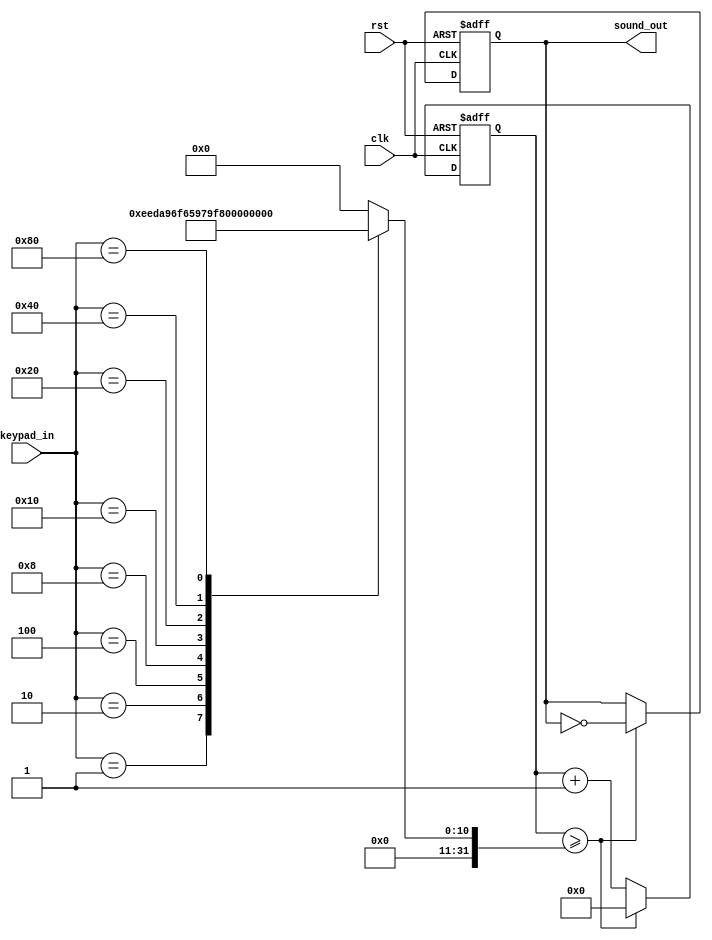
module top_piezo_tone(
    input clk, rst,
    input [12-1:0] keypad_in,
    output sound_out
);
    integer counter_sound;
    integer sound_limit;
	reg buffer;

	always @ (keypad_in) begin
		case (keypad_in)
            12'b000000000001: sound_limit = 1910; //C
            12'b000000000010: sound_limit = 1701; //D
            12'b000000000100: sound_limit = 1516; //E
            12'b000000001000: sound_limit = 1431; //F
            12'b000000010000: sound_limit = 1275; //G
            12'b000000100000: sound_limit = 1135; //A
            12'b000001000000: sound_limit = 1011; //B
            12'b000010000000: sound_limit = 955; //C
		    default: sound_limit = 0; //no sound
		endcase
	end

	always@(posedge clk or negedge rst)begin
		if (~rst) begin
			buffer <= 1'b0;
			counter_sound = 0;
		end
        else begin
            if (counter_sound >= sound_limit) begin
				counter_sound = 0;
				buffer <= ~buffer;
			end
			else counter_sound = counter_sound +1'b1;
        end
	end
	assign sound_out = buffer;

endmodule